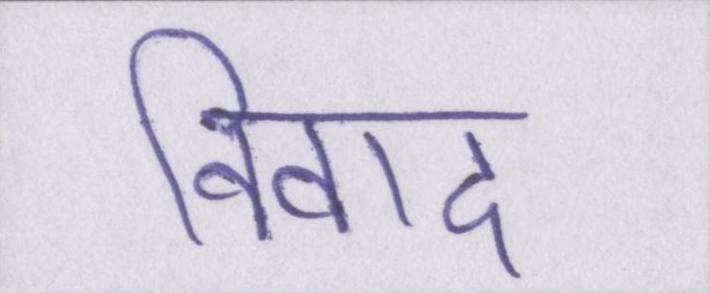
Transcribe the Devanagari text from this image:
विवाद